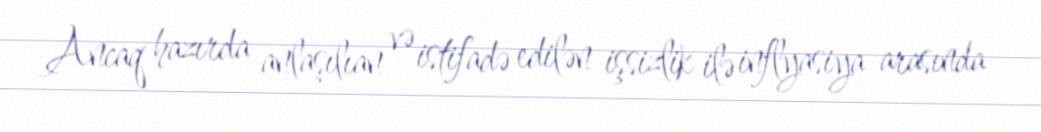
Ancaq hazırda anlaşılıan və istifadə edilən işsizlik ilə inflyasiya arasında